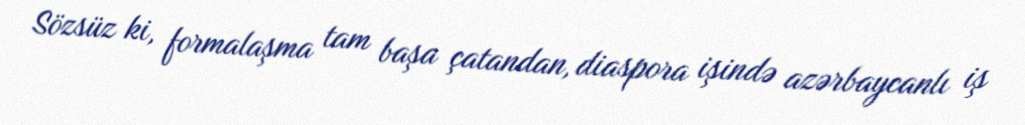
Sözsüz ki, formalaşma tam başa çatandan, diaspora işində azərbaycanlı iş